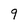
Character: 9